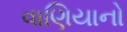
વાણિયાનો